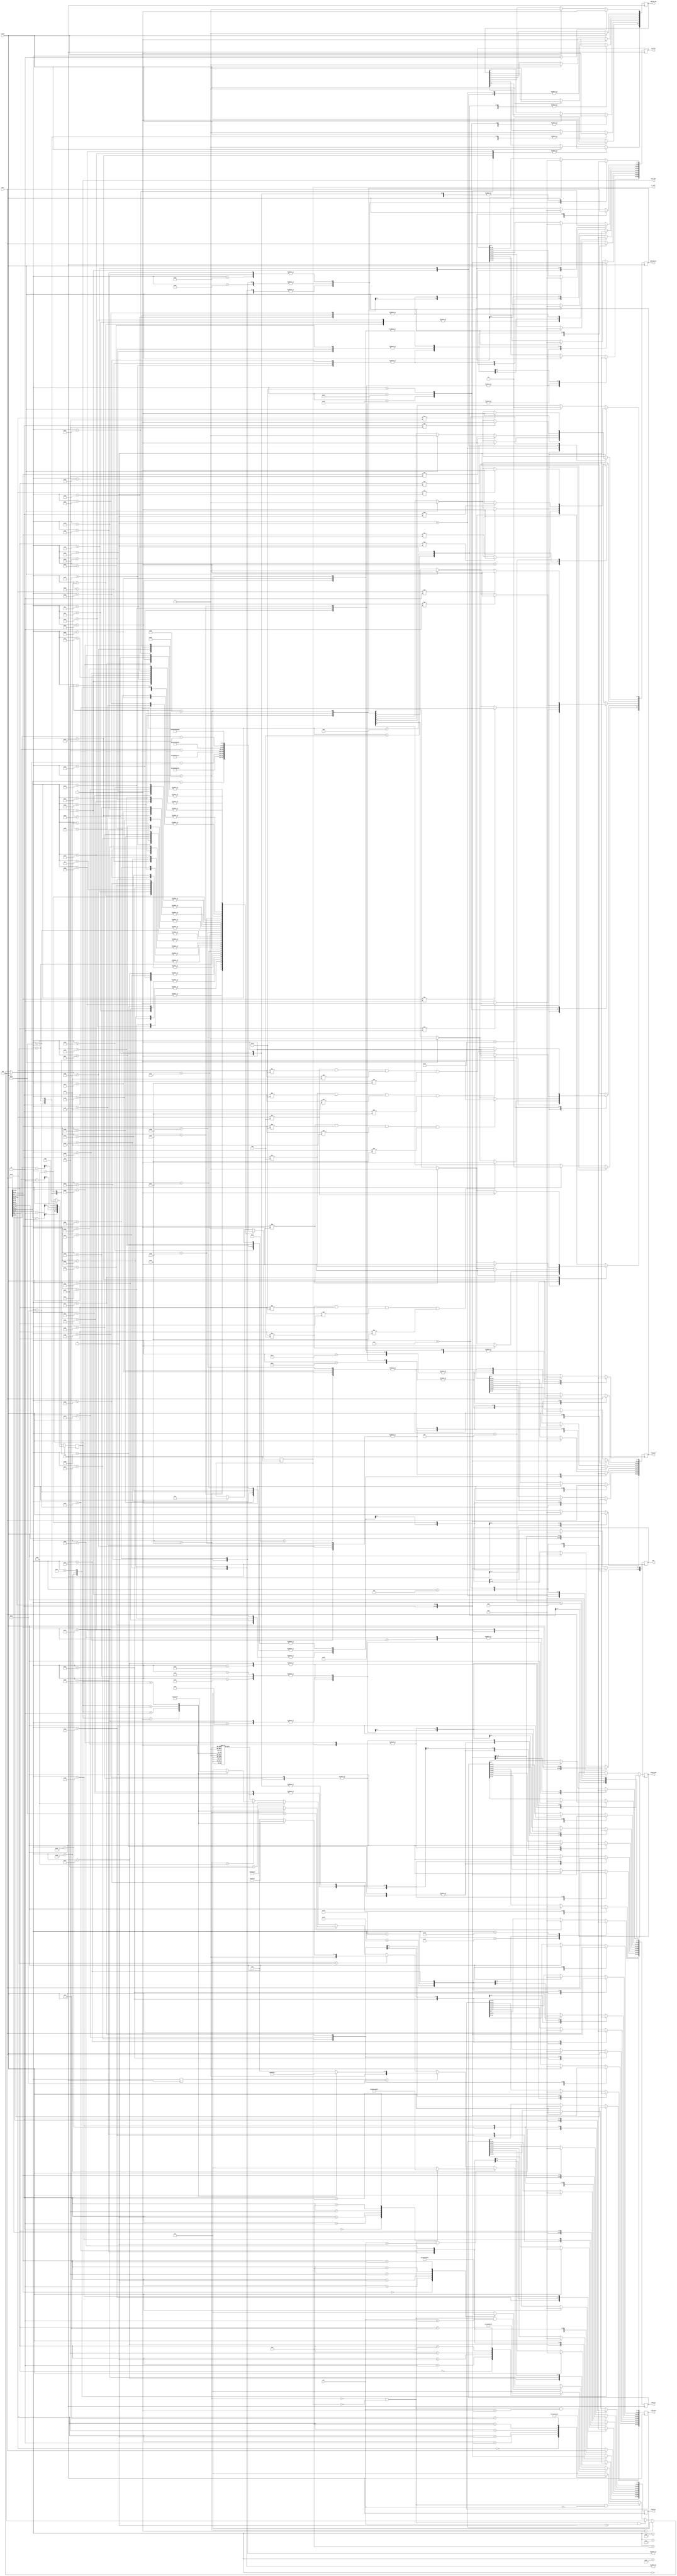
module output_shift_byte_counter (pos, data, clk, reset,
                                  option_av, mss, scale_wnd, sack_nbr,
                                  sack_n0, sack_n1, sack_n2, sack_n3,
                                  time_stp, option_err, b_left);
  input [2:0] pos;
  input [31:0] data;
  input clk, reset;

  output [8:0] option_av;
    output [15:0] mss; // option 2
    output [7:0] scale_wnd; // option 3
    output [2:0] sack_nbr; // option 5
      output [63:0] sack_n0, sack_n1, sack_n2, sack_n3; // option 5
    output [63:0] time_stp; // option 8
  output [8:0] option_err;
  output [5:0] b_left;
  
  wire [2:0] pos;
  wire [31:0] data;
    wire [7:0] bytes [0:3];
    assign bytes[0] = data[31:24];
    assign bytes[1] = data[23:16];
    assign bytes[2] = data[15:8];
    assign bytes[3] = data[7:0];
  wire clk, reset;

  reg [8:0] option_av;
    reg [15:0] mss; // option 2
    reg [7:0] scale_wnd; // option 3
    reg [2:0] sack_nbr; // option 5
      reg [63:0] sack_n0, sack_n1, sack_n2, sack_n3; // option 5
    reg [63:0] time_stp; // option 8
  reg [8:0] option_err;
  reg [5:0] b_left;
  
  
  parameter OPT0 = 8'd0;
  //parameter OPT1 = 1;
  parameter OPT2 = 8'd2;
  parameter OPT3 = 8'd3;
  parameter OPT4 = 8'd4;
  parameter OPT5 = 8'd5;
  parameter OPT8 = 8'd8;
  
  
  parameter IDLE = 0;
  parameter UNKNOWN_OPT = 1;
  
  parameter OPT0_SN = 2;
  
  parameter OPT2_S0 = 3;
  parameter OPT2_S1 = 4;
    parameter OPT2_S1_R1 = 5;
  parameter OPT2_S2 = 6;
    parameter OPT2_S2_R2 = 7;
  parameter OPT2_S3 = 8;
    parameter OPT2_S3_R3 = 9;
    
  parameter OPT3_S0 = 10;
  parameter OPT3_S1 = 11;
  parameter OPT3_S2 = 12;
    parameter OPT3_S2_R1 = 13;
  parameter OPT3_S3 = 14;
    parameter OPT3_S3_R2 = 15;
    
  parameter OPT4_S0 = 16;
  parameter OPT4_S1 = 17;
  parameter OPT4_S2 = 18;
  parameter OPT4_S3 = 19;
    parameter OPT4_S3_R1 = 20;
    
  parameter OPT5_S0 = 21;
    parameter OPT5_S0_L10_R6 = 22;
      parameter OPT5_S0_L10_R2 = 23;
    parameter OPT5_S0_L18_R14 = 24;
      parameter OPT5_S0_L18_R10 = 25;
      parameter OPT5_S0_L18_R6 = 26;
      parameter OPT5_S0_L18_R2 = 27;
    parameter OPT5_S0_L26_R22 = 28;
      parameter OPT5_S0_L26_R18 = 29;
      parameter OPT5_S0_L26_R14 = 30;
      parameter OPT5_S0_L26_R10 = 31;
      parameter OPT5_S0_L26_R6 = 32;
      parameter OPT5_S0_L26_R2 = 33;
    parameter OPT5_S0_L34_R30 = 34;
      parameter OPT5_S0_L34_R26 = 35;
      parameter OPT5_S0_L34_R22 = 36;
      parameter OPT5_S0_L34_R18 = 37;
      parameter OPT5_S0_L34_R14 = 38;
      parameter OPT5_S0_L34_R10 = 39;
      parameter OPT5_S0_L34_R6 = 40;
      parameter OPT5_S0_L34_R2 = 41;
  parameter OPT5_S1 = 42;
    parameter OPT5_S1_L10_R7 = 43;
      parameter OPT5_S1_L10_R3 = 44;
    parameter OPT5_S1_L18_R15 = 45;
      parameter OPT5_S1_L18_R11 = 46;
      parameter OPT5_S1_L18_R7 = 47;
      parameter OPT5_S1_L18_R3 = 48;
    parameter OPT5_S1_L26_R23 = 49;
      parameter OPT5_S1_L26_R19 = 50;
      parameter OPT5_S1_L26_R15 = 51;
      parameter OPT5_S1_L26_R11 = 52;
      parameter OPT5_S1_L26_R7 = 53;
      parameter OPT5_S1_L26_R3 = 54;
    parameter OPT5_S1_L34_R31 = 55;
      parameter OPT5_S1_L34_R27 = 56;
      parameter OPT5_S1_L34_R23 = 57;
      parameter OPT5_S1_L34_R19 = 58;
      parameter OPT5_S1_L34_R15 = 59;
      parameter OPT5_S1_L34_R11 = 60;
      parameter OPT5_S1_L34_R7 = 61;
      parameter OPT5_S1_L34_R3 = 62;
  parameter OPT5_S2 = 63;
    parameter OPT5_S2_L10_R8 = 64;
      parameter OPT5_S2_L10_R4 = 65;
    parameter OPT5_S2_L18_R16 = 66;
      parameter OPT5_S2_L18_R12 = 68;
      parameter OPT5_S2_L18_R8 = 69;
      parameter OPT5_S2_L18_R4 = 70;
    parameter OPT5_S2_L26_R24 = 71;
      parameter OPT5_S2_L26_R20 = 73;
      parameter OPT5_S2_L26_R16 = 74;
      parameter OPT5_S2_L26_R12 = 75;
      parameter OPT5_S2_L26_R8 = 76;
      parameter OPT5_S2_L26_R4 = 77;
    parameter OPT5_S2_L34_R32 = 78;
      parameter OPT5_S2_L34_R28 = 80;
      parameter OPT5_S2_L34_R24 = 81;
      parameter OPT5_S2_L34_R20 = 82;
      parameter OPT5_S2_L34_R16 = 83;
      parameter OPT5_S2_L34_R12 = 84;
      parameter OPT5_S2_L34_R8 = 85;
      parameter OPT5_S2_L34_R4 = 86;
  parameter OPT5_S3 = 87;
    parameter OPT5_S3_LN_RN = 88;
      parameter OPT5_S3_L10_R5 = 89;
        parameter OPT5_S3_L10_R1 = 90;
      parameter OPT5_S3_L18_R13 = 91;
        parameter OPT5_S3_L18_R9 = 92;
        parameter OPT5_S3_L18_R5 = 93;
        parameter OPT5_S3_L18_R1 = 94;
      parameter OPT5_S3_L26_R21 = 95;
        parameter OPT5_S3_L26_R17 = 96;
        parameter OPT5_S3_L26_R13 = 97;
        parameter OPT5_S3_L26_R9 = 98;
        parameter OPT5_S3_L26_R5 = 99;
        parameter OPT5_S3_L26_R1 = 100;
      parameter OPT5_S3_L34_R29 = 101;
        parameter OPT5_S3_L34_R25 = 102;
        parameter OPT5_S3_L34_R21 = 103;
        parameter OPT5_S3_L34_R17 = 104;
        parameter OPT5_S3_L34_R13 = 105;
        parameter OPT5_S3_L34_R9 = 106;
        parameter OPT5_S3_L34_R5 = 107;
        parameter OPT5_S3_L34_R1 = 108;
    
  parameter OPT8_S0 = 109;
    parameter OPT8_S0_R6 = 110;
    parameter OPT8_S0_R2 = 111;
  parameter OPT8_S1 = 112;
    parameter OPT8_S1_R7 = 113;
    parameter OPT8_S1_R3 = 114;
  parameter OPT8_S2 = 115;
    parameter OPT8_S2_R8 = 116;
    parameter OPT8_S2_R4 = 117;
  parameter OPT8_S3 = 118;
    parameter OPT8_S3_R9 = 119;
    parameter OPT8_S3_R5 = 120;
    parameter OPT8_S3_R1 = 121;
  
  reg [6:0] state, next_state;
  
  always @(reset or state or pos or b_left or bytes[0] or bytes[1] or bytes[2] or bytes[3]) begin
    if (reset) next_state = IDLE;
    else if (state == UNKNOWN_OPT) next_state = UNKNOWN_OPT;
    else if ((state == IDLE || b_left == 0) && pos > 3) next_state = IDLE;
    else if ((state == IDLE || b_left == 0) && pos == 0) begin
      case (bytes[0]) 
        OPT0: next_state = OPT0_SN;
        OPT2: next_state = OPT2_S0;
        OPT3: next_state = OPT3_S0;
        OPT4: next_state = OPT4_S0;
        OPT5: next_state = OPT5_S0;
        OPT8: next_state = OPT8_S0;
        default: next_state = UNKNOWN_OPT;
      endcase
    end else if ((state == IDLE || b_left == 0) && pos == 1) begin
      case (bytes[1]) 
        OPT0: next_state = OPT0_SN;
        OPT2: next_state = OPT2_S1;
        OPT3: next_state = OPT3_S1;
        OPT4: next_state = OPT4_S1;
        OPT5: next_state = OPT5_S1;
        OPT8: next_state = OPT8_S1;
        default: next_state = UNKNOWN_OPT;
      endcase
    end else if ((state == IDLE || b_left == 0) && pos == 2) begin
      case (bytes[2]) 
        OPT0: next_state = OPT0_SN;
        OPT2: next_state = OPT2_S2;
        OPT3: next_state = OPT3_S2;
        OPT4: next_state = OPT4_S2;
        OPT5: next_state = OPT5_S2;
        OPT8: next_state = OPT8_S2;
        default: next_state = UNKNOWN_OPT;
      endcase
    end else if ((state == IDLE || b_left == 0) && pos == 3) begin
      case (bytes[3]) 
        OPT0: next_state = OPT0_SN;
        OPT2: next_state = OPT2_S3;
        OPT3: next_state = OPT3_S3;
        OPT4: next_state = OPT4_S3;
        OPT5: next_state = OPT5_S3;
        OPT8: next_state = OPT8_S3;
        default: next_state = UNKNOWN_OPT;
      endcase
    end else if (state == OPT5_S0) begin
      case (sack_nbr) 
        1: next_state = OPT5_S0_L10_R6;
        2: next_state = OPT5_S0_L18_R14;
        3: next_state = OPT5_S0_L26_R22;
        4: next_state = OPT5_S0_L34_R30;
        default: next_state = UNKNOWN_OPT;
      endcase
    end else if (state == OPT5_S1) begin 
      case (sack_nbr) 
        1: next_state = OPT5_S1_L10_R7;
        2: next_state = OPT5_S1_L18_R15;
        3: next_state = OPT5_S1_L26_R23;
        4: next_state = OPT5_S1_L34_R31;
        default: next_state = UNKNOWN_OPT;
      endcase
    end else if (state == OPT5_S2) begin
      case (sack_nbr) 
        1: next_state = OPT5_S2_L10_R8;
        2: next_state = OPT5_S2_L18_R16;
        3: next_state = OPT5_S2_L26_R24;
        4: next_state = OPT5_S2_L34_R32;
        default: next_state = UNKNOWN_OPT;
      endcase
    end else if (state == OPT5_S3) next_state = OPT5_S3_LN_RN;
    else if (state == OPT5_S3_LN_RN) begin
      case (sack_nbr) 
        1: next_state = OPT5_S3_L10_R5;
        2: next_state = OPT5_S3_L18_R13;
        3: next_state = OPT5_S3_L26_R21;
        4: next_state = OPT5_S3_L34_R29;
        default: next_state = UNKNOWN_OPT;
      endcase
    end else case (state)
      //OPT2_S0: next_state = IDLE;
      OPT2_S1: next_state = OPT2_S1_R1;
        //OPT2_S1_R1: next_state = IDLE;
      OPT2_S2: next_state = OPT2_S2_R2;
        //OPT2_S2_R2: next_state = IDLE;
      OPT2_S3: next_state = OPT2_S3_R3;
        //OPT2_S3_R3: next_state = IDLE;
        
      OPT3_S0: next_state = IDLE;
      OPT3_S1: next_state = IDLE;
      OPT3_S2: next_state = OPT3_S2_R1;
        //OPT3_S2_R1: next_state = IDLE;
      OPT3_S3: next_state = OPT3_S3_R2;
        //OPT3_S3_R2: next_state = IDLE;
        
      //OPT4_S0: next_state = IDLE;
      //OPT4_S1: next_state = IDLE;
      //OPT4_S2: next_state = IDLE;
      OPT4_S3: next_state = OPT4_S3_R1;
        //OPT4_S3_R1: next_state = IDLE;
      
      OPT8_S0: next_state = OPT8_S0_R6;
        OPT8_S0_R6: next_state = OPT8_S0_R2;
        //OPT8_S0_R2: next_state = IDLE;
      OPT8_S1: next_state = OPT8_S1_R7;
        OPT8_S1_R7: next_state = OPT8_S1_R3;
        //OPT8_S1_R3: next_state = IDLE;
      OPT8_S2: next_state = OPT8_S2_R8;
        OPT8_S2_R8: next_state = OPT8_S2_R4;
        //OPT8_S2_R4: next_state = IDLE;
      OPT8_S3: next_state = OPT8_S3_R9;
        OPT8_S3_R9: next_state = OPT8_S3_R5;
        OPT8_S3_R5: next_state = OPT8_S3_R1;
        //OPT8_S3_R1: next_state = IDLE;
        
      OPT5_S0_L10_R6: next_state = OPT5_S0_L10_R2;
        //OPT5_S0_L10_R2: next_state = IDLE;
      OPT5_S0_L18_R14: next_state = OPT5_S0_L18_R10;
        OPT5_S0_L18_R10: next_state = OPT5_S0_L18_R6;
        OPT5_S0_L18_R6: next_state = OPT5_S0_L18_R2;
        //OPT5_S0_L18_R2: next_state = IDLE;
      OPT5_S0_L26_R22: next_state = OPT5_S0_L26_R18;
        OPT5_S0_L26_R18: next_state = OPT5_S0_L26_R14;
        OPT5_S0_L26_R14: next_state = OPT5_S0_L26_R10;
        OPT5_S0_L26_R10: next_state = OPT5_S0_L26_R6;
        OPT5_S0_L26_R6: next_state = OPT5_S0_L26_R2;
        //OPT5_S0_L26_R2: next_state = IDLE;
      OPT5_S0_L34_R30: next_state = OPT5_S0_L34_R26;
        OPT5_S0_L34_R26: next_state = OPT5_S0_L34_R22;
        OPT5_S0_L34_R22: next_state = OPT5_S0_L34_R18;
        OPT5_S0_L34_R18: next_state = OPT5_S0_L34_R14;
        OPT5_S0_L34_R14: next_state = OPT5_S0_L34_R10;
        OPT5_S0_L34_R10: next_state = OPT5_S0_L34_R6;
        OPT5_S0_L34_R6: next_state = OPT5_S0_L34_R2;
        //OPT5_S0_L34_R2: next_state = IDLE;
      
      OPT5_S1_L10_R7: next_state = OPT5_S1_L10_R3;
        //OPT5_S1_L10_R3: next_state = IDLE;
      OPT5_S1_L18_R15: next_state = OPT5_S1_L18_R11;
        OPT5_S1_L18_R11: next_state = OPT5_S1_L18_R7;
        OPT5_S1_L18_R7: next_state = OPT5_S1_L18_R3;
        //OPT5_S1_L18_R3: next_state = IDLE;
      OPT5_S1_L26_R23: next_state = OPT5_S1_L26_R19;
        OPT5_S1_L26_R19: next_state = OPT5_S1_L26_R15;
        OPT5_S1_L26_R15: next_state = OPT5_S1_L26_R11;
        OPT5_S1_L26_R11: next_state = OPT5_S1_L26_R7;
        OPT5_S1_L26_R7: next_state = OPT5_S1_L26_R3;
        //OPT5_S1_L26_R3: next_state = IDLE;
      OPT5_S1_L34_R31: next_state = OPT5_S1_L34_R27;
        OPT5_S1_L34_R27: next_state = OPT5_S1_L34_R23;
        OPT5_S1_L34_R23: next_state = OPT5_S1_L34_R19;
        OPT5_S1_L34_R19: next_state = OPT5_S1_L34_R15;
        OPT5_S1_L34_R15: next_state = OPT5_S1_L34_R11;
        OPT5_S1_L34_R11: next_state = OPT5_S1_L34_R7;
        OPT5_S1_L34_R7: next_state = OPT5_S1_L34_R3;
        //OPT5_S1_L34_R3: next_state = IDLE;
      
      OPT5_S2_L10_R8: next_state = OPT5_S2_L10_R4;
        //OPT5_S2_L10_R4: next_state = IDLE;
      OPT5_S2_L18_R16: next_state = OPT5_S2_L18_R12;
        OPT5_S2_L18_R12: next_state = OPT5_S2_L18_R8;
        OPT5_S2_L18_R8: next_state = OPT5_S2_L18_R4;
        //OPT5_S2_L18_R4: next_state = IDLE;
      OPT5_S2_L26_R24: next_state = OPT5_S2_L26_R20;
        OPT5_S2_L26_R20: next_state = OPT5_S2_L26_R16;
        OPT5_S2_L26_R16: next_state = OPT5_S2_L26_R12;
        OPT5_S2_L26_R12: next_state = OPT5_S2_L26_R8;
        OPT5_S2_L26_R8: next_state = OPT5_S2_L26_R4;
        //OPT5_S2_L26_R4: next_state = IDLE;
      OPT5_S2_L34_R32: next_state = OPT5_S2_L34_R28;
        OPT5_S2_L34_R28: next_state = OPT5_S2_L34_R24;
        OPT5_S2_L34_R24: next_state = OPT5_S2_L34_R20;
        OPT5_S2_L34_R20: next_state = OPT5_S2_L34_R16;
        OPT5_S2_L34_R16: next_state = OPT5_S2_L34_R12;
        OPT5_S2_L34_R12: next_state = OPT5_S2_L34_R8;
        OPT5_S2_L34_R8: next_state = OPT5_S2_L34_R4;
        //OPT5_S2_L34_R4: next_state = IDLE;
        
      OPT5_S3_L10_R5: next_state = OPT5_S3_L10_R1;
        //OPT5_S3_L10_R1: next_state = IDLE;
      OPT5_S3_L18_R13: next_state = OPT5_S3_L18_R9;
        OPT5_S3_L18_R9: next_state = OPT5_S3_L18_R5;
        OPT5_S3_L18_R5: next_state = OPT5_S3_L18_R1;
        //OPT5_S3_L18_R1: next_state = IDLE;
      OPT5_S3_L26_R21: next_state = OPT5_S3_L26_R17;
        OPT5_S3_L26_R17: next_state = OPT5_S3_L26_R13;
        OPT5_S3_L26_R13: next_state = OPT5_S3_L26_R9;
        OPT5_S3_L26_R9: next_state = OPT5_S3_L26_R5;
        OPT5_S3_L26_R5: next_state = OPT5_S3_L26_R1;
        //OPT5_S3_L26_R1: next_state = IDLE;
      OPT5_S3_L34_R29: next_state = OPT5_S3_L34_R25;
        OPT5_S3_L34_R25: next_state = OPT5_S3_L34_R21;
        OPT5_S3_L34_R21: next_state = OPT5_S3_L34_R17;
        OPT5_S3_L34_R17: next_state = OPT5_S3_L34_R13;
        OPT5_S3_L34_R13: next_state = OPT5_S3_L34_R9;
        OPT5_S3_L34_R9: next_state = OPT5_S3_L34_R5;
        OPT5_S3_L34_R5: next_state = OPT5_S3_L34_R1;
        //OPT5_S3_L34_R1: next_state = IDLE;
        
      default: next_state = UNKNOWN_OPT;
    endcase
  end
  
  always @(posedge clk) begin
    state <= next_state;
  end
  
  //reg [5:0] b_left;
  //reg [2:0] sack_nbr;
  always @(posedge clk) begin
    if (reset) begin
      option_av <= 0;
      mss <= 0;
      scale_wnd <= 0; 
      sack_nbr <= 0;
      sack_n0 <= 0;
      sack_n1 <= 0;
      sack_n2 <= 0;
      sack_n3 <= 0;
      time_stp <= 0;
      option_err <= 0;
      b_left <= 0;
    end case (next_state)
      IDLE: b_left <= 0;
      UNKNOWN_OPT: option_err <= 9'b1_1111_1111;
      
      OPT0_SN: begin
        option_av[0] <= 1;
        b_left <= 0;
      end
      
      OPT2_S0: begin 
        option_av[2] <= 1;
        b_left <= 0;
        if (bytes[1] != 4) option_err[2] <= 1;
        mss <= {bytes[2], bytes[3]};
      end
      OPT2_S1: begin
        option_av[2] <= 1;
        b_left <= 1;
        if (bytes[2] != 4) option_err[2] <= 1;
        mss[15:8] <= bytes[3];
      end
        OPT2_S1_R1: begin
          b_left <= 0;
          mss[7:0] <= bytes[0];
        end
      OPT2_S2: begin
        option_av[2] <= 1;
        b_left <= 2;
        if (bytes[3] != 4) option_err[2] <= 1;
      end
        OPT2_S2_R2: begin
          b_left <= 0;
          mss <= {bytes[0], bytes[1]};
        end
      OPT2_S3: begin
        option_av[2] <= 1;
        b_left <= 3;
      end
        OPT2_S3_R3: begin
          b_left <= 0;
          if (bytes[0] != 4) option_err[2] <= 1;
          mss <= {bytes[1], bytes[2]};
        end
        
      OPT3_S0: begin
        option_av[3] <= 1;
        b_left <= 0;
        if (bytes[1] != 3) option_err[3] <= 1;
        scale_wnd <= bytes[2];
      end
      OPT3_S1: begin
        option_av[3] <= 1;
        b_left <= 0;
        if (bytes[2] != 3) option_err[3] <= 1;
        scale_wnd <= bytes[3];
      end
      OPT3_S2: begin
        option_av[3] <= 1;
        b_left <= 1;
        if (bytes[3] != 3) option_err[3] <= 1;
      end
        OPT3_S2_R1: begin
          b_left <= 0;
          scale_wnd <= bytes[0];
        end
      OPT3_S3: begin
        option_av[3] <= 1;
        b_left <= 2;
      end
        OPT3_S3_R2: begin
          b_left <= 0;
          if (bytes[0] != 3) option_err[3] <= 1;
          scale_wnd <= bytes[1];
        end
        
      OPT4_S0: begin
        option_av[4] <= 1;
        b_left <= 0;
        if (bytes[1] != 2) option_err[4] <= 1;
      end
      OPT4_S1: begin
        option_av[4] <= 1;
        b_left <= 0;
        if (bytes[2] != 2) option_err[4] <= 1;
      end
      OPT4_S2: begin
        option_av[4] <= 1;
        b_left <= 0;
        if (bytes[3] != 2) option_err[4] <= 1;
      end
      OPT4_S3: begin
        option_av[4] <= 1;
        b_left <= 1;
      end
        OPT4_S3_R1:  begin
          if (bytes[0] != 2) option_err[4] <= 1;
          b_left <= 0;
        end
        
      OPT8_S0: begin
        option_av[8] <= 1;
        b_left <= 6;
        if (bytes[1] != 10) option_err[8] <= 1;
        time_stp[63:48] <= {bytes[2], bytes[3]};
      end
        OPT8_S0_R6: begin
          b_left <= 2;
          time_stp[47:16] <= data;
        end
        OPT8_S0_R2: begin
          b_left <= 0;
          time_stp[15:0] <= {bytes[0], bytes[1]};
        end
      OPT8_S1: begin
        option_av[8] <= 1;
        b_left <= 7;
        if (bytes[2] != 10) option_err[8] <= 1;
        time_stp[63:56] <= bytes[3];
      end
        OPT8_S1_R7: begin
          b_left <= 3;
          time_stp[55:24] <= data;
        end
        OPT8_S1_R3: begin
          b_left <= 0;
          time_stp[23:0] <= {bytes[0], bytes[1], bytes[2]};
        end
      OPT8_S2: begin
        option_av[8] <= 1;
        b_left <= 8;
        if (bytes[3] != 10) option_err[8] <= 1;
      end
        OPT8_S2_R8: begin
          b_left <= 4;
          time_stp[63:32] <= data;
        end
        OPT8_S2_R4: begin
          b_left <= 0;
          time_stp[31:0] <= data;
        end
      OPT8_S3: begin
        option_av[8] <= 1; 
        b_left <= 9;
      end
        OPT8_S3_R9: begin
          b_left <= 5;
          if (bytes[0] != 10) option_err[8] <= 1;
          time_stp[63:40] <= data;
        end
        OPT8_S3_R5: begin
          b_left <= 1;
          time_stp[39:8] <= data;
        end
        OPT8_S3_R1: begin
          b_left <= 0;
          time_stp[7:0] <= bytes[0];
        end
        
      OPT5_S0: begin
        option_av[5] <= 1;
        if (bytes[1] != 10 && bytes[1] != 18 && bytes[1] != 26 && bytes[1] != 34)
          option_err[5] <= 1;
        b_left <= bytes[1] - 4;
        sack_nbr <= (bytes[1] - 2) >> 3; // (n-2)/8 take integer result
        sack_n0[63:48] <= {bytes[2], bytes[3]};
      end
      
        OPT5_S0_L10_R6: begin
          b_left <= 2;
          sack_n0[47:16] <= data;
        end
          OPT5_S0_L10_R2: begin
            b_left <= 0;
            sack_n0[15:0] <= {bytes[0], bytes[1]};
          end
        
        OPT5_S0_L18_R14: begin
          b_left <= 10;
          sack_n0[47:16] <= data;
        end
          OPT5_S0_L18_R10: begin
            b_left <= 6;
            sack_n0[15:0] <= {bytes[0], bytes[1]};
            sack_n1[63:48] <= {bytes[2], bytes[3]};
          end
          OPT5_S0_L18_R6: begin
            b_left <= 2;
            sack_n1[47:16] <= data;
          end
          OPT5_S0_L18_R2: begin
            b_left <= 0;
            sack_n1[15:0] <= {bytes[0], bytes[1]};
          end
        
        OPT5_S0_L26_R22: begin
          b_left <= 18;
          sack_n0[47:16] <= data;
        end
          OPT5_S0_L26_R18: begin
            b_left <= 14;
            sack_n0[15:0] <= {bytes[0], bytes[1]};
            sack_n1[63:48] <= {bytes[2], bytes[3]};
          end
          OPT5_S0_L26_R14: begin
            b_left <= 10;
            sack_n1[47:16] <= data;
          end
          OPT5_S0_L26_R10: begin
            b_left <= 6;
            sack_n1[15:0] <= {bytes[0], bytes[1]};
            sack_n2[63:48] <= {bytes[2], bytes[3]};
          end
          OPT5_S0_L26_R6: begin
            b_left <= 2;
            sack_n2[47:16] <= data;
          end
          OPT5_S0_L26_R2: begin
            b_left <= 0;
            sack_n2[15:0] <= {bytes[0], bytes[1]};
          end
          
        OPT5_S0_L34_R30: begin 
          b_left <= 26;
          sack_n0[47:16] <= data;
        end
          OPT5_S0_L34_R26: begin
            b_left <= 22;
            sack_n0[15:0] <= {bytes[0], bytes[1]};
            sack_n1[63:48] <= {bytes[2], bytes[3]};
          end
          OPT5_S0_L34_R22: begin
            b_left <= 18;
            sack_n1[47:16] <= data;
          end
          OPT5_S0_L34_R18: begin
            b_left <= 14;
            sack_n1[15:0] <= {bytes[0], bytes[1]};
            sack_n2[63:48] <= {bytes[2], bytes[3]};
          end
          OPT5_S0_L34_R14: begin
            b_left <= 10;
            sack_n2[47:16] <= data;
          end
          OPT5_S0_L34_R10: begin
            b_left <= 6;
            sack_n2[15:0] <= {bytes[0], bytes[1]};
            sack_n3[63:48] <= {bytes[2], bytes[3]};
          end
          OPT5_S0_L34_R6: begin
            b_left <= 2;
            sack_n3[47:16] <= data;
          end
          OPT5_S0_L34_R2: begin
            b_left <= 0;
            sack_n3[15:0] <= {bytes[0], bytes[1]};
          end
          
      OPT5_S1: begin
        option_av[5] <= 1;
        if (bytes[2] != 10 && bytes[2] != 18 && bytes[2] != 26 && bytes[2] != 34)
          option_err[5] <= 1;
        b_left <= bytes[2] - 4;
        sack_nbr <= (bytes[2] - 2) >> 3; // (n-2)/8 take integer result
        sack_n0[63:56] <= bytes[3];
      end
      
        OPT5_S1_L10_R7: begin
          b_left <= 3;
          sack_n0[55:24] <= data;
        end
          OPT5_S1_L10_R3: begin
            b_left <= 0;
            sack_n0[23:0] <= {bytes[0], bytes[1], bytes[2]};
          end
        
        OPT5_S1_L18_R15: begin
          b_left <= 11;
          sack_n0[55:24] <= data;
        end
          OPT5_S1_L18_R11: begin
            b_left <= 7;
            sack_n0[23:0] <= {bytes[0], bytes[1], bytes[2]};
            sack_n1[63:56] <= bytes[3];
          end
          OPT5_S1_L18_R7: begin
            b_left <= 3;
            sack_n1[55:24] <= data;
          end
          OPT5_S1_L18_R3: begin
            b_left <= 0;
            sack_n1[23:0] <= {bytes[0], bytes[1], bytes[2]};
          end
        
        OPT5_S1_L26_R23: begin
          b_left <= 19;
          sack_n0[55:24] <= data;
        end
          OPT5_S1_L26_R19: begin
            b_left <= 15;
            sack_n0[23:0] <= {bytes[0], bytes[1], bytes[2]};
            sack_n1[63:56] <= bytes[3];
          end
          OPT5_S1_L26_R15: begin
            b_left <= 11;
            sack_n1[55:24] <= data;
          end
          OPT5_S1_L26_R11: begin
            b_left <= 7;
            sack_n1[23:0] <= {bytes[0], bytes[1], bytes[2]};
            sack_n2[63:56] <= bytes[3];
          end
          OPT5_S1_L26_R7: begin
            b_left <= 3;
            sack_n2[55:24] <= data;
          end
          OPT5_S1_L26_R3: begin
            b_left <= 0;
            sack_n2[23:0] <= {bytes[0], bytes[1], bytes[2]};
          end
          
        OPT5_S1_L34_R31: begin 
          b_left <= 27;
          sack_n0[55:24] <= data;
        end
          OPT5_S1_L34_R27: begin
            b_left <= 23;
            sack_n0[23:0] <= {bytes[0], bytes[1], bytes[2]};
            sack_n1[63:56] <= bytes[3];
          end
          OPT5_S1_L34_R23: begin
            b_left <= 19;
            sack_n1[55:24] <= data;
          end
          OPT5_S1_L34_R19: begin
            b_left <= 15;
            sack_n1[23:0] <= {bytes[0], bytes[1], bytes[2]};
            sack_n2[63:56] <= bytes[3];
          end
          OPT5_S1_L34_R15: begin
            b_left <= 11;
            sack_n2[55:24] <= data;
          end
          OPT5_S1_L34_R11: begin
            b_left <= 7;
            sack_n2[23:0] <= {bytes[0], bytes[1], bytes[2]};
            sack_n3[63:56] <= bytes[3];
          end
          OPT5_S1_L34_R7: begin
            b_left <= 3;
            sack_n3[55:24] <= data;
          end
          OPT5_S1_L34_R3: begin
            b_left <= 0;
            sack_n3[23:0] <= {bytes[0], bytes[1], bytes[2]};
          end
      
      OPT5_S2: begin
        option_av[5] <= 1;
        if (bytes[3] != 10 && bytes[3] != 18 && bytes[3] != 26 && bytes[3] != 34)
          option_err[5] <= 1;
        b_left <= bytes[3] - 4;
        sack_nbr <= (bytes[3] - 2) >> 3; // (n-2)/8 take integer result
      end
        OPT5_S2_L10_R8: begin
          b_left <= 4;
          sack_n0[63:32] <= data;
        end
          OPT5_S2_L10_R4: begin
            b_left <= 0;
            sack_n0[31:0] <= data;
          end
          
        OPT5_S2_L18_R16: begin
          b_left <= 12;
          sack_n0[63:32] <= data;
        end
          OPT5_S2_L18_R12: begin
            b_left <= 8;
            sack_n0[31:0] <= data;
          end
          OPT5_S2_L18_R8: begin
            b_left <= 4;
            sack_n1[63:32] <= data;
          end
          OPT5_S2_L18_R4: begin
            b_left <= 0;
            sack_n1[31:0] <= data;
          end
          
        OPT5_S2_L26_R24: begin
          b_left <= 20;
          sack_n0[63:32] <= data;
        end
          OPT5_S2_L26_R20: begin
            b_left <= 16;
            sack_n0[31:0] <= data;
          end
          OPT5_S2_L26_R16: begin
            b_left <= 12;
            sack_n1[63:32] <= data;
          end
          OPT5_S2_L26_R12: begin
            b_left <= 8;
            sack_n1[31:0] <= data;
          end
          OPT5_S2_L26_R8: begin
            b_left <= 4;
            sack_n2[63:32] <= data;
          end
          OPT5_S2_L26_R4: begin
            b_left <= 0;
            sack_n2[31:0] <= data;
          end
          
        OPT5_S2_L34_R32: begin
          b_left <= 28;
          sack_n0[63:32] <= data;
        end
          OPT5_S2_L34_R28: begin
            b_left <= 24;
            sack_n0[31:0] <= data;
          end
          OPT5_S2_L34_R24: begin
            b_left <= 20;
            sack_n1[63:32] <= data;
          end
          OPT5_S2_L34_R20: begin
            b_left <= 16;
            sack_n1[31:0] <= data;
          end
          OPT5_S2_L34_R16: begin
            b_left <= 12;
            sack_n2[63:32] <= data;
          end
          OPT5_S2_L34_R12: begin
            b_left <= 8;
            sack_n2[31:0] <= data;
          end
          OPT5_S2_L34_R8: begin
            b_left <= 4;
            sack_n3[63:32] <= data;
          end
          OPT5_S2_L34_R4: begin
            b_left <= 0;
            sack_n2[31:0] <= data;
          end
      
      OPT5_S3: begin
        option_av[5] <= 1;
        b_left <= 1; // do this to prevent jumping out of OPT5* state
      end
      OPT5_S3_LN_RN: begin 
        if (bytes[0] != 10 && bytes[0] != 18 && bytes[0] != 26 && bytes[0] != 34)
          option_err[5] <= 1;
        b_left <= bytes[0] - 4;
        sack_nbr <= (bytes[0] - 2) >> 3; // (n-2)/8 take integer result
        sack_n0[63:40] <= {bytes[1], bytes[2], bytes[3]};
      end
      
        OPT5_S3_L10_R5: begin
          b_left <= 1;
          sack_n0[39:8] <= data;
        end
          OPT5_S3_L10_R1: begin
            b_left <= 0;
            sack_n0[7:0] <= bytes[0];
          end
        
        OPT5_S3_L18_R13: begin
          b_left <= 9;
          sack_n0[39:8] <= data;
        end
          OPT5_S3_L18_R9: begin
            b_left <= 5;
            sack_n0[7:0] <= bytes[0];
            sack_n1[63:40] <= {bytes[1], bytes[2], bytes[3]};
          end
          OPT5_S3_L18_R5: begin
            b_left <= 1;
            sack_n1[39:8] <= data;
          end
          OPT5_S3_L18_R1: begin
            b_left <= 0;
            sack_n1[7:0] <= bytes[0];
          end
          
        OPT5_S3_L26_R21: begin
          b_left <= 17;
          sack_n0[39:8] <= data;
        end
          OPT5_S3_L26_R17: begin
            b_left <= 13;
            sack_n0[7:0] <= bytes[0];
            sack_n1[63:40] <= {bytes[1], bytes[2], bytes[3]};
          end
          OPT5_S3_L26_R13: begin
            b_left <= 9;
            sack_n1[39:8] <= data;
          end
          OPT5_S3_L26_R9: begin
            b_left <= 5;
            sack_n1[7:0] <= bytes[0];
            sack_n2[63:40] <= {bytes[1], bytes[2], bytes[3]};
          end
          OPT5_S3_L26_R5: begin
            b_left <= 1;
            sack_n2[39:8] <= data;
          end
          OPT5_S3_L26_R1: begin
            b_left <= 0;
            sack_n2[7:0] <= bytes[0];
          end
        
        OPT5_S3_L34_R29: begin
          b_left <= 25;
          sack_n0[39:8] <= data;
        end
          OPT5_S3_L34_R25: begin
            b_left <= 21;
            sack_n0[7:0] <= bytes[0];
            sack_n1[63:40] <= {bytes[1], bytes[2], bytes[3]};
          end
          OPT5_S3_L34_R21: begin
            b_left <= 17;
            sack_n1[39:8] <= data;
          end
          OPT5_S3_L34_R17: begin
            b_left <= 13;
            sack_n1[7:0] <= bytes[0];
            sack_n2[63:40] <= {bytes[1], bytes[2], bytes[3]};
          end
          OPT5_S3_L34_R13: begin
            b_left <= 9;
            sack_n2[39:8] <= data;
          end
          OPT5_S3_L34_R9: begin
            b_left <= 5;
            sack_n2[7:0] <= bytes[0];
            sack_n3[63:40] <= {bytes[1], bytes[2], bytes[3]};
          end
          OPT5_S3_L34_R5: begin
            b_left <= 1;
            sack_n3[39:8] <= data;
          end
          OPT5_S3_L34_R1: begin
            b_left <= 0;
            sack_n3[7:0] <= {bytes[1], bytes[2], bytes[3]};
          end
    endcase
  end
  
endmodule